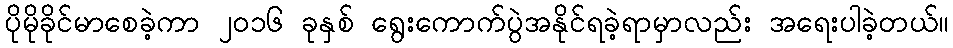
ပိုမိုခိုင်မာစေခဲ့ကာ ၂၀၁၆ ခုနှစ် ရွေးကောက်ပွဲအနိုင်ရခဲ့ရာမှာလည်း အရေးပါခဲ့တယ်။